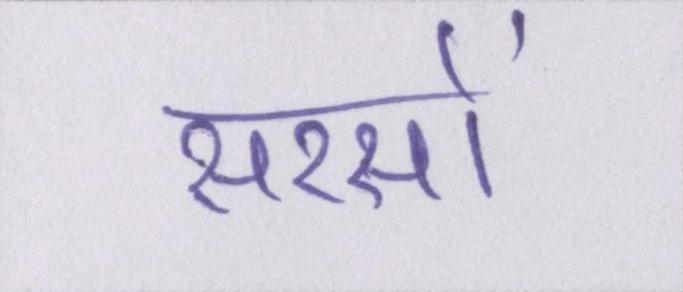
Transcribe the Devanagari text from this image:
सरसों